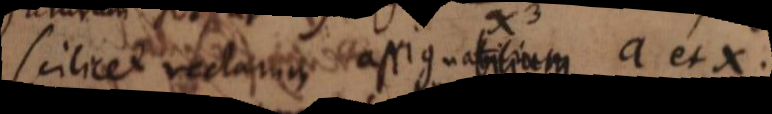
scilicet rectarum assignabilium a et x.